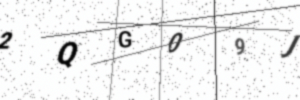
Text: 2QG09J